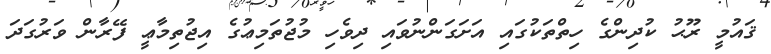
ޤައުމީ ރޫޙު ކުދިންގެ ހިތްތަކުގައި އަށަގަންނުވައި ދިވެހި މުޖުތަމިޢުގެ އިޖުތިމާޢީ ފޭރާން ވަރުގަދަ